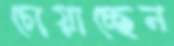
চোয়াচ্ছেন